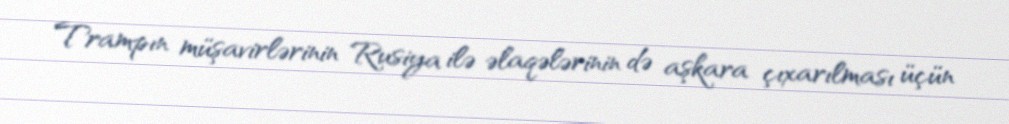
Trampın müşavirlərinin Rusiya ilə əlaqələrinin də aşkara çıxarılması üçün